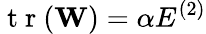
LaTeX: \mathrm{~t~r~}(\mathbf{W})=\alpha E^{(2)}